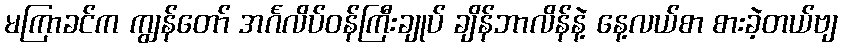
မကြာခင်က ကျွန်တော် အင်္ဂလိပ်ဝန်ကြီးချုပ် ချိန်ဘာလိန်နဲ့ နေ့လယ်စာ စားခဲ့တယ်ဗျ